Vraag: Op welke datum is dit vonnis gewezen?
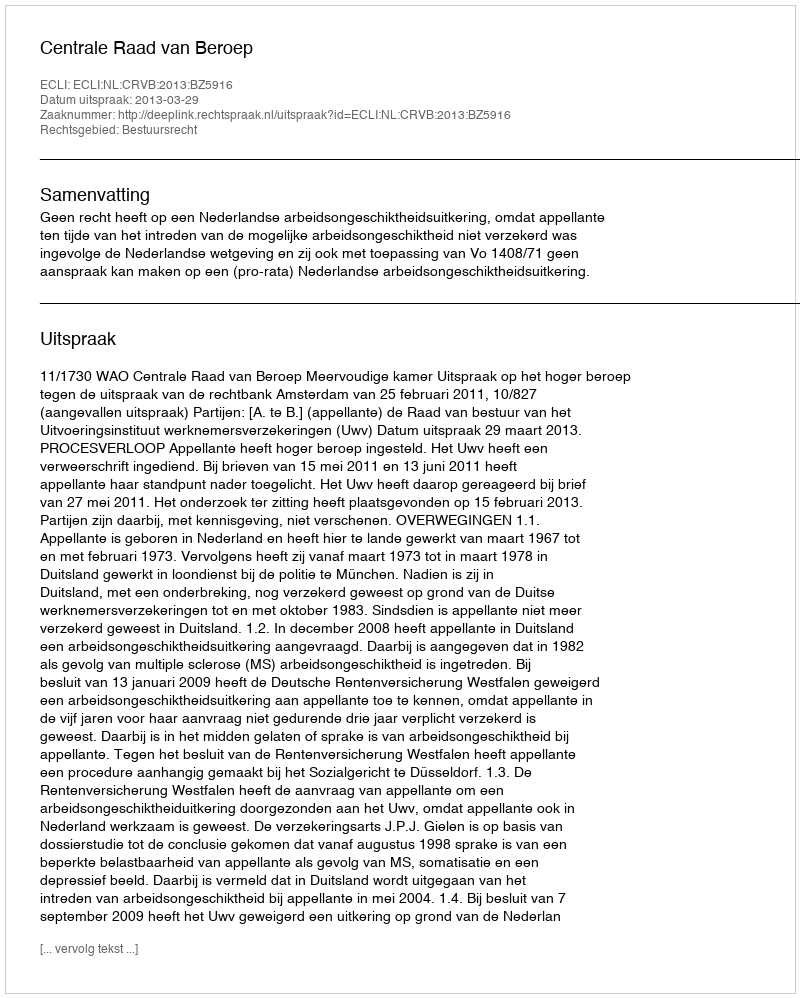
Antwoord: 2013-03-29